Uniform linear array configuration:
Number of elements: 4
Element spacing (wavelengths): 0.5
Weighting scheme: binomial
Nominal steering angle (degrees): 15
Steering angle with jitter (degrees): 13.541
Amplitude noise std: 0.05
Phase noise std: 0.05

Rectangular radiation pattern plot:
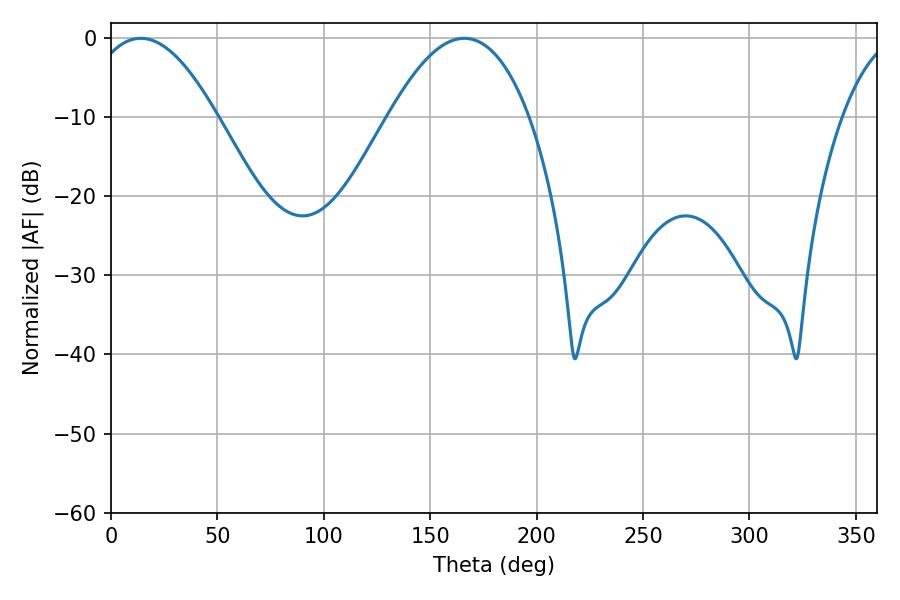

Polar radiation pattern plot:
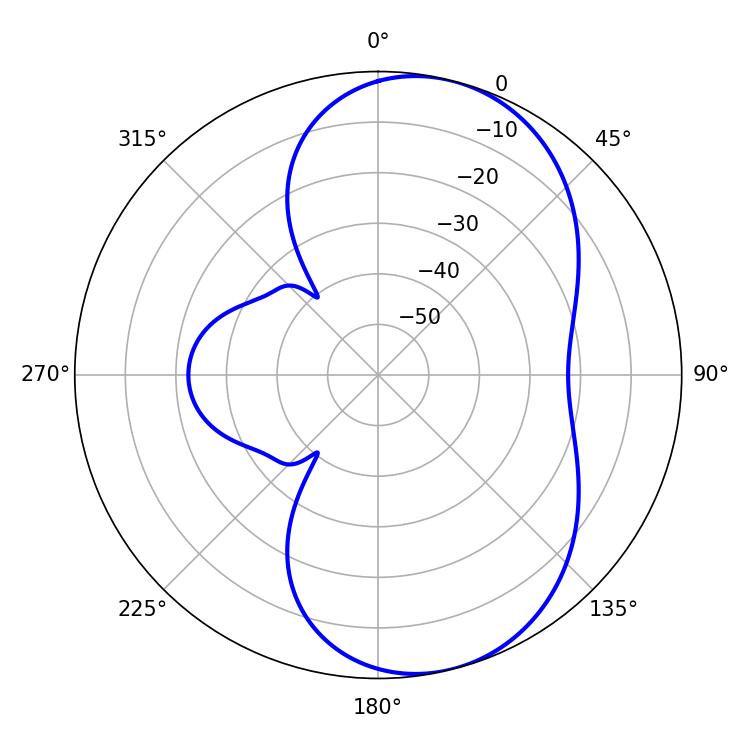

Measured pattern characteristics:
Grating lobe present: FALSE
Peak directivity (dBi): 7.397
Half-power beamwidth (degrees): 32.94
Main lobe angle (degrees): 14.04